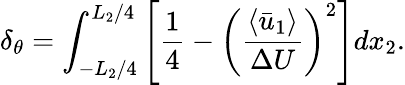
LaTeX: {\delta_{\theta}}=\int_{-{L_{2}}/4}^{{L_{2}}/4}{\left[{\frac{1}{4}-{{\left({\frac{{\left\langle{{{\bar{u}}_{1}}}\right\rangle}}{{\Delta U}}}\right)}^{2}}}\right]d{x_{2}}}.